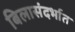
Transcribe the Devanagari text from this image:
बिलासंदर्भात